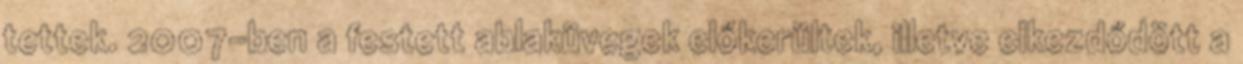
tettek. 2007-ben a festett ablaküvegek előkerültek, illetve elkezdődött a